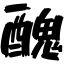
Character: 醜